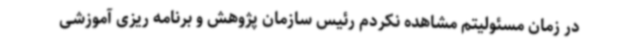
در زمان مسئولیتم مشاهده نکردم رئیس سازمان پژوهش و برنامه ریزی آموزشی